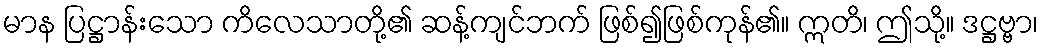
မာန ပြဋ္ဌာန်းသော ကိလေသာတို့၏ ဆန့်ကျင်ဘက် ဖြစ်၍ဖြစ်ကုန်၏။ ဣတိ၊ ဤသို့။ ဒဋ္ဌဗ္ဗာ၊